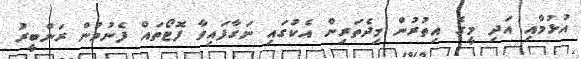
އުޅުމާއި އަދި މީގެ އިތުރުން މިދެތަރިން އެކުގައި ނަގާފައިވާ ފޮޓޯތައް ފެނުމުން ރަންބީރު